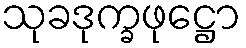
သုခဒုက္ခဖုဋ္ဌော